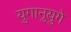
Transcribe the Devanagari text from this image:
युगानुयुगे